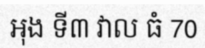
អុង ទី៣ វាល ធំ 70